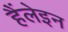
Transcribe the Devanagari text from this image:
हैंलेइन